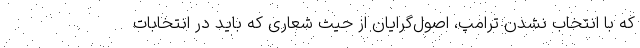
که با انتخاب نشدن ترامپ، اصول‌گرایان از حیث شعاری که باید در انتخابات